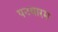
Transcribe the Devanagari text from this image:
पनयारम